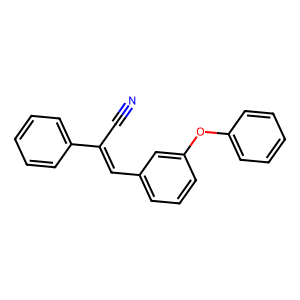
SMILES: N#CC(=Cc1cccc(Oc2ccccc2)c1)c1ccccc1
Inhibits HIV replication: No